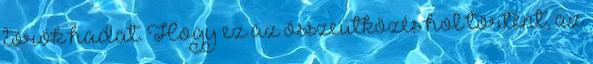
török hadat. Hogy ez az összeütközés hol történt, az